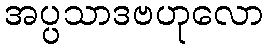
အပ္ပသာဒဗဟုလော